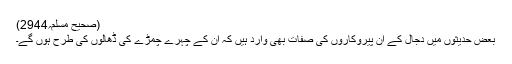
(صحیح مسلم؍2944)
بعض حدیثوں میں دجال کے ان پیروکاروں کی صفات بھی وارد ہیں کہ ان کے چہرے چمڑے کی ڈھالوں کی طرح ہوں گے۔